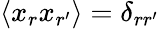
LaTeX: \langle x_{r}x_{r^{\prime}}\rangle=\delta_{rr^{\prime}}